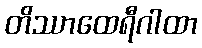
တိဿာထေရီဂါထာ